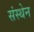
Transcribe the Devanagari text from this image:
संस्थेन